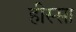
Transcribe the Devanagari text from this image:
हीस्सा